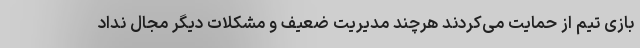
بازی تیم از حمایت می‌کردند هرچند مدیریت ضعیف و مشکلات دیگر مجال نداد